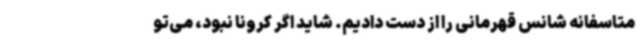
متاسفانه شانس قهرمانی را از دست دادیم. شاید اگر کرونا نبود، می‌تو